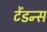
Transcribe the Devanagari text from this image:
टेंडन्स